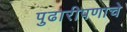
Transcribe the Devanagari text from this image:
पुढारीपणाचे